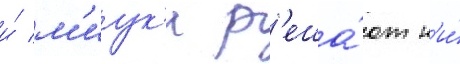
и́ м'иук'и р'еша́ют н'и́